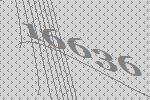
16636